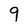
Character: 9